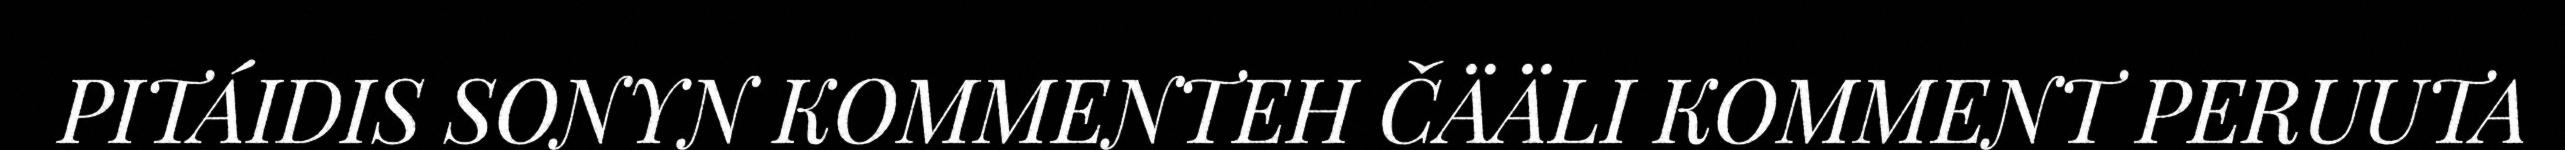
PITÁIDIS SONYN KOMMENTEH ČÄÄLI KOMMENT PERUUTA